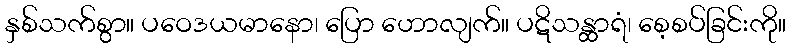
နှစ်သက်စွာ။ ပဝေဒယမာနော၊ ပြော ဟောလျက်။ ပဋိသန္ထာရံ၊ စေ့စပ်ခြင်းကို။